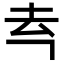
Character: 𪢳